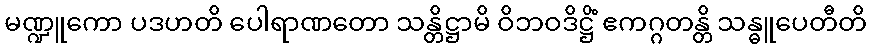
မဏ္ဍူကော ပဒဟတိ ပေါရာဏတော သန္တိဋ္ဌာမိ ဝိဘဝဒိဋ္ဌိံ ဧကဂ္ဂတန္တိ သန္ဓူပေတီတိ